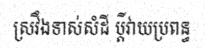
ស្រវឹងទាស់សំដី ប្តីវាយប្រពន្ធ